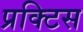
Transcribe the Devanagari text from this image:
प्रक्‍टिस